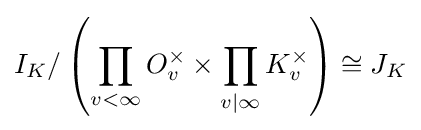
I_{K}/\left(\prod _{v<\infty }O_{v}^{\times }\times \prod _{v|\infty }K_{v}^{\times }\right)\cong J_{K}